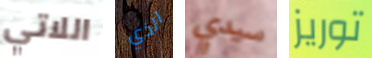
اللاتي الذي سيدي توريز